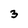
Character: 3